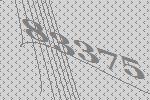
83375